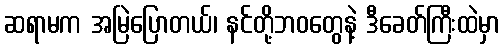
ဆရာမက အမြဲပြောတယ်၊ နင်တို့ဘဝတွေနဲ့ ဒီခေတ်ကြီးထဲမှာ